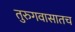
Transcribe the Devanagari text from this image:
तुरुगवासातच